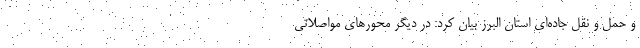
و حمل و نقل جاده‌ای استان البرز بیان کرد: در دیگر محورهای مواصلاتی